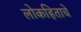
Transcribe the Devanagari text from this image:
लोकहिताचे